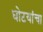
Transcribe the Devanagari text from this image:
धोटयांचा